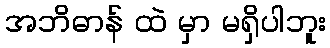
အဘိဓာန် ထဲ မှာ မရှိပါဘူး